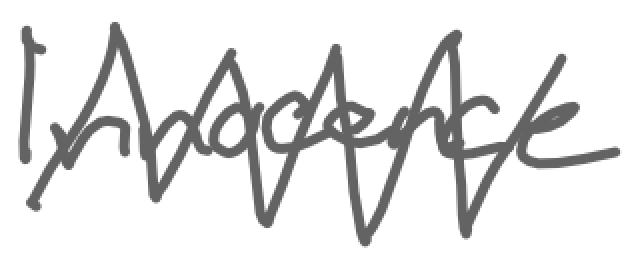
Text: Innocence
Cross-out: zig-zag
Writing tool: digital_gray